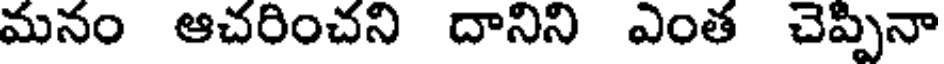
మనం ఆచరించని దానిని ఎంత చెప్పినా